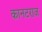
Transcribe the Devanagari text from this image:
कानटराज